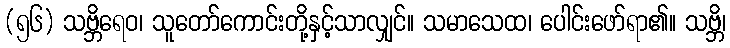
(၅၆) သဗ္ဘိရေဝ၊ သူတော်ကောင်းတို့နှင့်သာလျှင်။ သမာသေထ၊ ပေါင်းဖော်ရာ၏။ သဗ္ဘိ၊